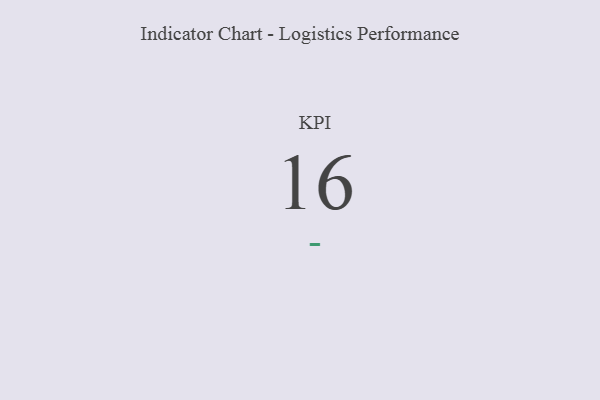
{"axis": {"x": "KPI", "y": "Value"}, "legend": [""], "data": [{"x": "KPI", "y": 16, "type": ""}]}